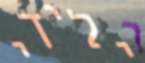
ילידי